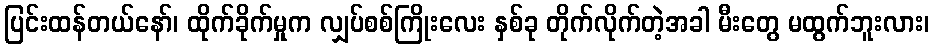
ပြင်းထန်တယ်နော်၊ ထိုက်ခိုက်မှုက လျှပ်စစ်ကြိုးလေး နှစ်ခု တိုက်လိုက်တဲ့အခါ မီးတွေ မထွက်ဘူးလား၊